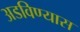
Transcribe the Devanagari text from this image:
अडविण्यास